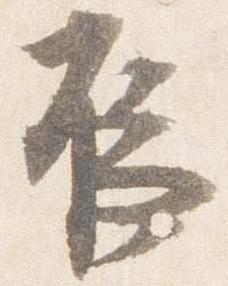
烏